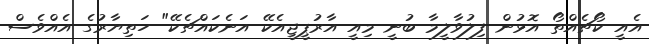
އެއީ ކޯޗެއްތޯ އޮޅުން ފިލުވާލީމާ ބުނީ މިއީ އާރުޕީޖީއެކޭ އަނެކައްޗެކޭ" ހަތިޔާރުގެ އެއްވެސް